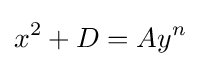
x^{2}+D=Ay^{n}